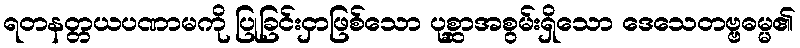
ရတနတ္တယပဏာမကို ပြုခြင်းငှာဖြစ်သော ပုစ္ဆာအစွမ်းရှိသော ဒေသေတဗ္ဗဓမ္မ၏